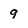
Character: 9